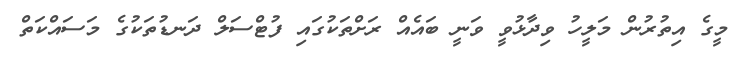
މީގެ އިތުރުން މަލީހު ވިދާޅުވީ ވަނީ ބައެއް ރަށްތަކުގައި ފުޓްސަލް ދަނޑުތަކުގެ މަސައްކަތް